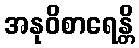
အနုဝိစာရေန္တိ